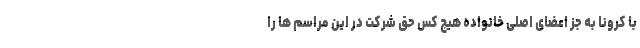
با کرونا به جز اعضای اصلی خانواده هیچ کس حق شرکت در این مراسم ها را